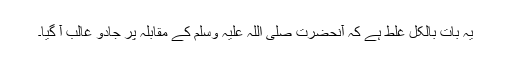
یہ بات بالکل غلط ہے کہ آنحضرت صلی اللہ علیہ وسلم کے مقابلہ پر جادو غالب آ گیا۔